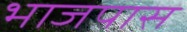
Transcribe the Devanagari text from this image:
भाजपास